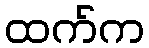
ထက်က